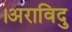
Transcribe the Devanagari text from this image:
।अराविदु